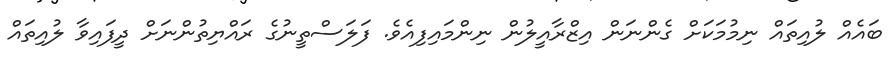
ބައެއް ލުއިތައް ނިމުމަކަށް ގެންނަން އިޒްރާއީލުން ނިންމައިފިއެވެ. ފަލަސްތީނުގެ ރައްޔިތުންނަށް ދީފައިވާ ލުއިތައް